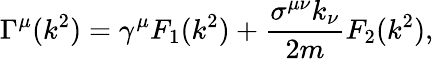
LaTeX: \Gamma^{\mu}(k^{2})=\gamma^{\mu}F_{1}(k^{2})+{\frac{\sigma^{\mu\nu}k_{\nu}}{2m}}F_{2}(k^{2}),